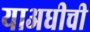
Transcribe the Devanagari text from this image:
याअधीची